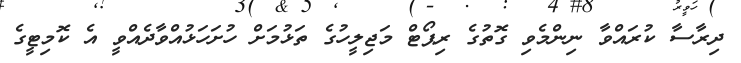
ދިރާސާ ކުރައްވާ ނިންމެވި ގޮތުގެ ރިޕޯޓް މަޖިލީހުގެ ތަޅުމަށް ހުށަހަޅުއްވާދެއްވީ އެ ކޮމިޓީގެ